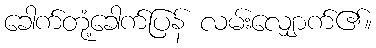
ခေါက်တုံ့ခေါက်ပြန် လမ်းလျှောက်၏။